Lunatic asylums Punjab 1911-1921 - 1911-1921
Year: 1911
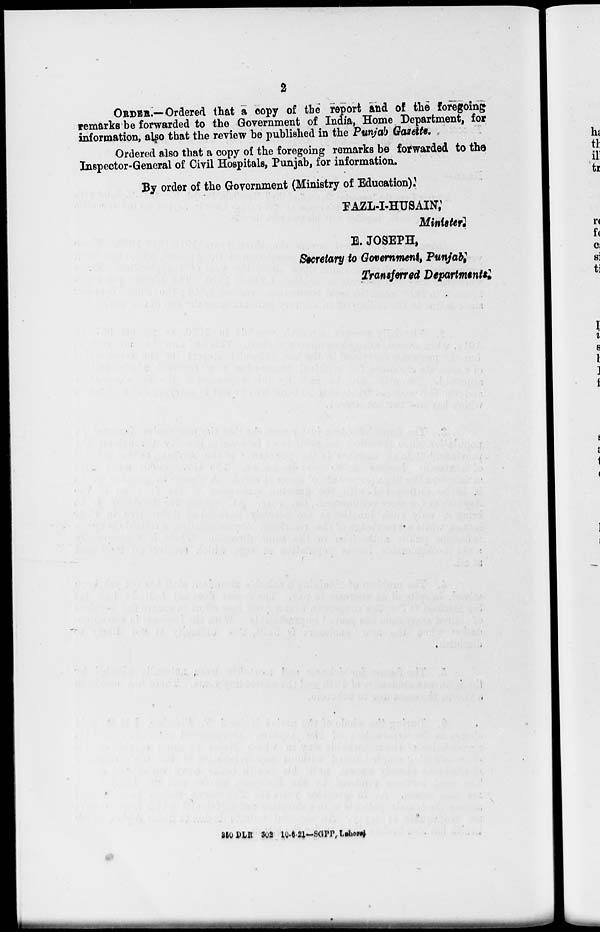
2
ORDER.—Ordered that a copy of the report and of the foregoing
remarks be forwarded to the Government of India, Home Department, for
information, also that the review be published in the Punjab Gazette,
Ordered also that a copy of the foregoing remarks be forwarded to the
Inspector-General of Civil Hospitals, Punjab, for information.
By order of the Government (Ministry of Education).
FAZL-I-HUSAIN,
Minister.
B. JOSEPH,
Secretary to Government, Punjab,
Transferred Departments.
350 DLR 302 10-6-21–SGPP,Lahore.